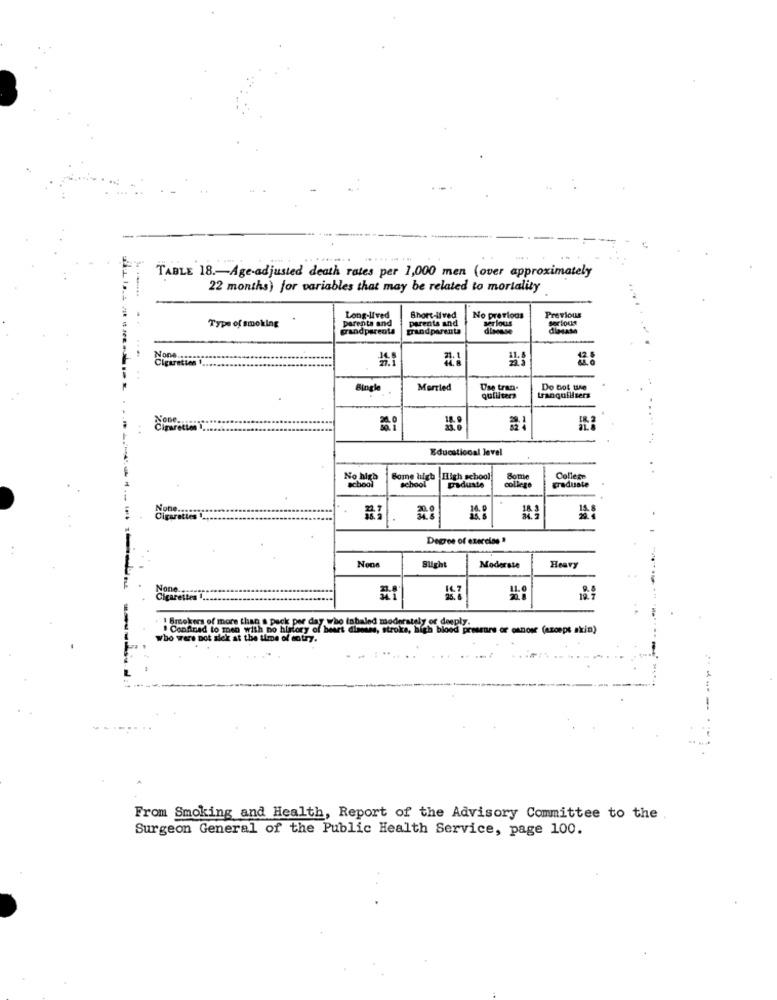
TABLE 18 .- Age-adjusted death rates per 1,000 men (over approximately
22 months) for variables that may be related to mortality
parents and
Long-lived
parents and
Short-lived
No previous
BPTIous
Previous
serious
Type of smoking
grandparents
grandparents
disease
diMasa
None.
Cigarettes
Bingle
Married
Use tran-
Do Got Une
qufilters
tranquilizers
None ..
Cigarettes
Educational level
No heb
Bome high High school
school
college
Some
College
graduate
graduate
None.
18.3
Cigarettes 1 ....
Degree of ezercios "
Nons
Slight
Moderste
Heavy
None ..
Cigarettes 1 ..
Brokers of more than s pack per day who tabaled moderately or deeply.
Confined to men with no history of b
vy of heart almere, stroke, high blood pressure or csnosc (snoept akin)
who wars not aick at the time of entry.
From Smoking and Health, Report of the Advisory Committee to the
Surgeon General of the Public Health Service, page 100.